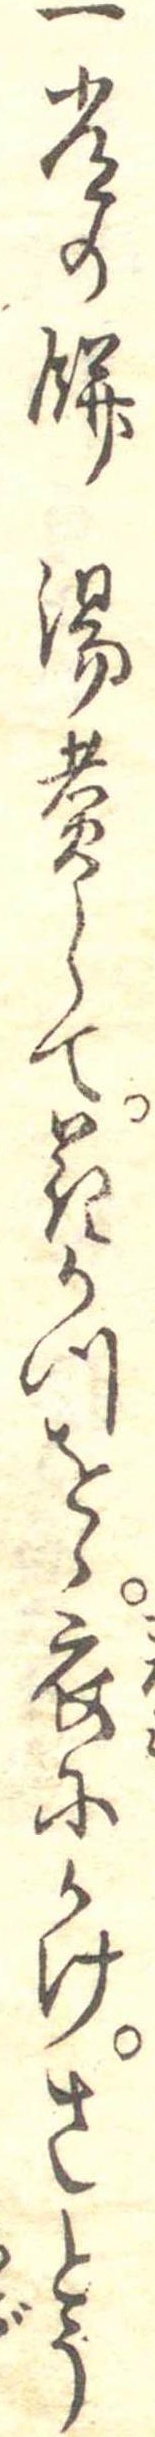
一常の餅湯煮して花かつをゝ衣にかけさとう